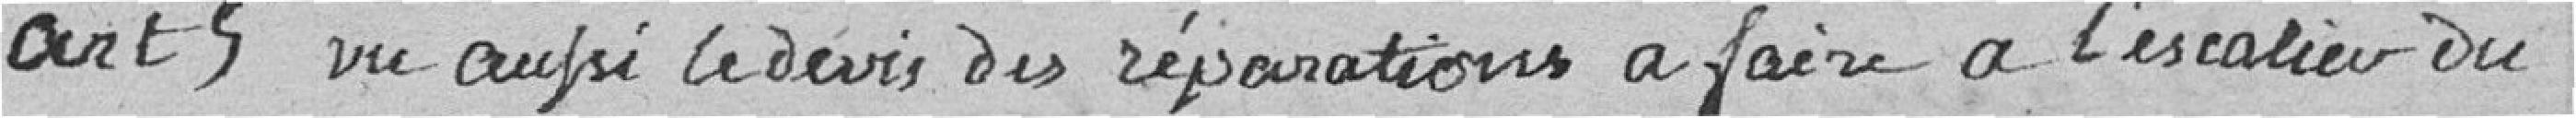
Art 5 vu aussi le devis des réparations à faire à l'escalier du